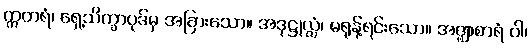
ဣတရံ၊ ရှေ့သိက္ခာပုဒ်မှ အခြားသော။ အဒုဋ္ဌုလ္လံ၊ မရုန့်ရင်းသော။ အဇ္ဈာစာရံ ဝါ၊